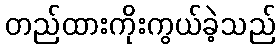
တည်ထားကိုးကွယ်ခဲ့သည်